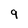
Character: 9